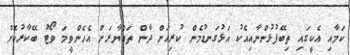
ކަމާއި އެކީގައި ތިބޭފުޅުންނާއިއެކު އަޅުގަނޑުމެން ކުރިއަށް ދާން ތައްޔާރަށް އެހެންވީމަ ވޯޓު ބޭކާރުކޮށް